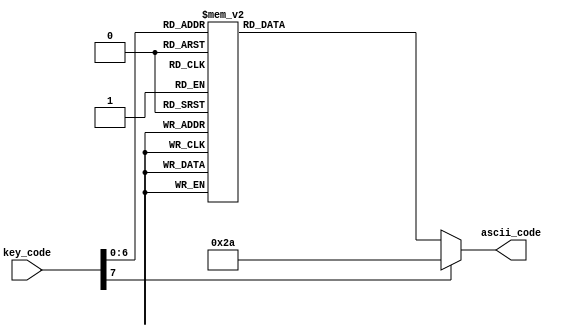
module key2ascii
   (
    input wire [7:0] key_code,
    output reg [7:0] ascii_code
   );

always @*
   case(key_code)
       8'h45: ascii_code = 8'h30;   // 0
       8'h16: ascii_code = 8'h31;   // 1
       8'h1e: ascii_code = 8'h32;   // 2
       8'h26: ascii_code = 8'h33;   // 3
       8'h25: ascii_code = 8'h34;   // 4
       8'h2e: ascii_code = 8'h35;   // 5
       8'h36: ascii_code = 8'h36;   // 6
       8'h3d: ascii_code = 8'h37;   // 7
       8'h3e: ascii_code = 8'h38;   // 8
       8'h46: ascii_code = 8'h39;   // 9

       8'h1c: ascii_code = 8'h41;   // A
       8'h32: ascii_code = 8'h42;   // B
       8'h21: ascii_code = 8'h43;   // C
       8'h23: ascii_code = 8'h44;   // D
       8'h24: ascii_code = 8'h45;   // E
       8'h2b: ascii_code = 8'h46;   // F
       8'h34: ascii_code = 8'h47;   // G
       8'h33: ascii_code = 8'h48;   // H
       8'h43: ascii_code = 8'h49;   // I
       8'h3b: ascii_code = 8'h4a;   // J
       8'h42: ascii_code = 8'h4b;   // K
       8'h4b: ascii_code = 8'h4c;   // L
       8'h3a: ascii_code = 8'h4d;   // M
       8'h31: ascii_code = 8'h4e;   // N
       8'h44: ascii_code = 8'h4f;   // O
       8'h4d: ascii_code = 8'h50;   // P
       8'h15: ascii_code = 8'h51;   // Q
       8'h2d: ascii_code = 8'h52;   // R
       8'h1b: ascii_code = 8'h53;   // S
       8'h2c: ascii_code = 8'h54;   // T
       8'h3c: ascii_code = 8'h55;   // U
       8'h2a: ascii_code = 8'h56;   // V
       8'h1d: ascii_code = 8'h57;   // W
       8'h22: ascii_code = 8'h58;   // X
       8'h35: ascii_code = 8'h59;   // Y
       8'h1a: ascii_code = 8'h5a;   // Z

       8'h0e: ascii_code = 8'h60;   // `
       8'h4e: ascii_code = 8'h2d;   // -
       8'h55: ascii_code = 8'h3d;   // =
       8'h54: ascii_code = 8'h5b;   // [
       8'h5b: ascii_code = 8'h5d;   // ]
       8'h5d: ascii_code = 8'h5c;   // \
       8'h4c: ascii_code = 8'h3b;   // ;
       8'h52: ascii_code = 8'h27;   // '
       8'h41: ascii_code = 8'h2c;   // ,
       8'h49: ascii_code = 8'h2e;   // .
       8'h4a: ascii_code = 8'h2f;   // /

       8'h29: ascii_code = 8'h20;   // (space)
       8'h5a: ascii_code = 8'h0d;   // (enter, cr)
       8'h66: ascii_code = 8'h08;   // (backspace)
       default: ascii_code = 8'h2a; // *
    endcase

endmodule